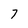
Character: 7